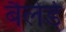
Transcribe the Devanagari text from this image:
बैलेर्डे